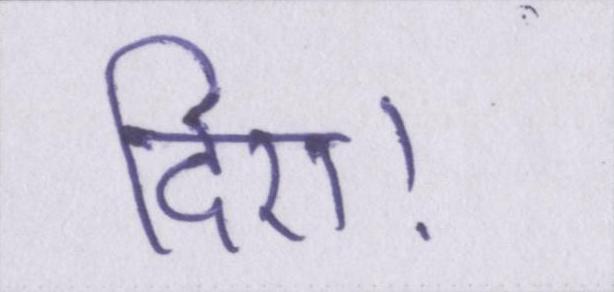
दिए।